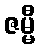
ဇမ္မီ